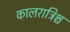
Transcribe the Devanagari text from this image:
कालरात्रिश्च